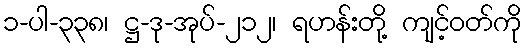
၁-ပါ-၃၃၈၊ ဋ္ဌ-ဒု-အုပ်-၂၁၂၊ ရဟန်းတို့ ကျင့်ဝတ်ကို